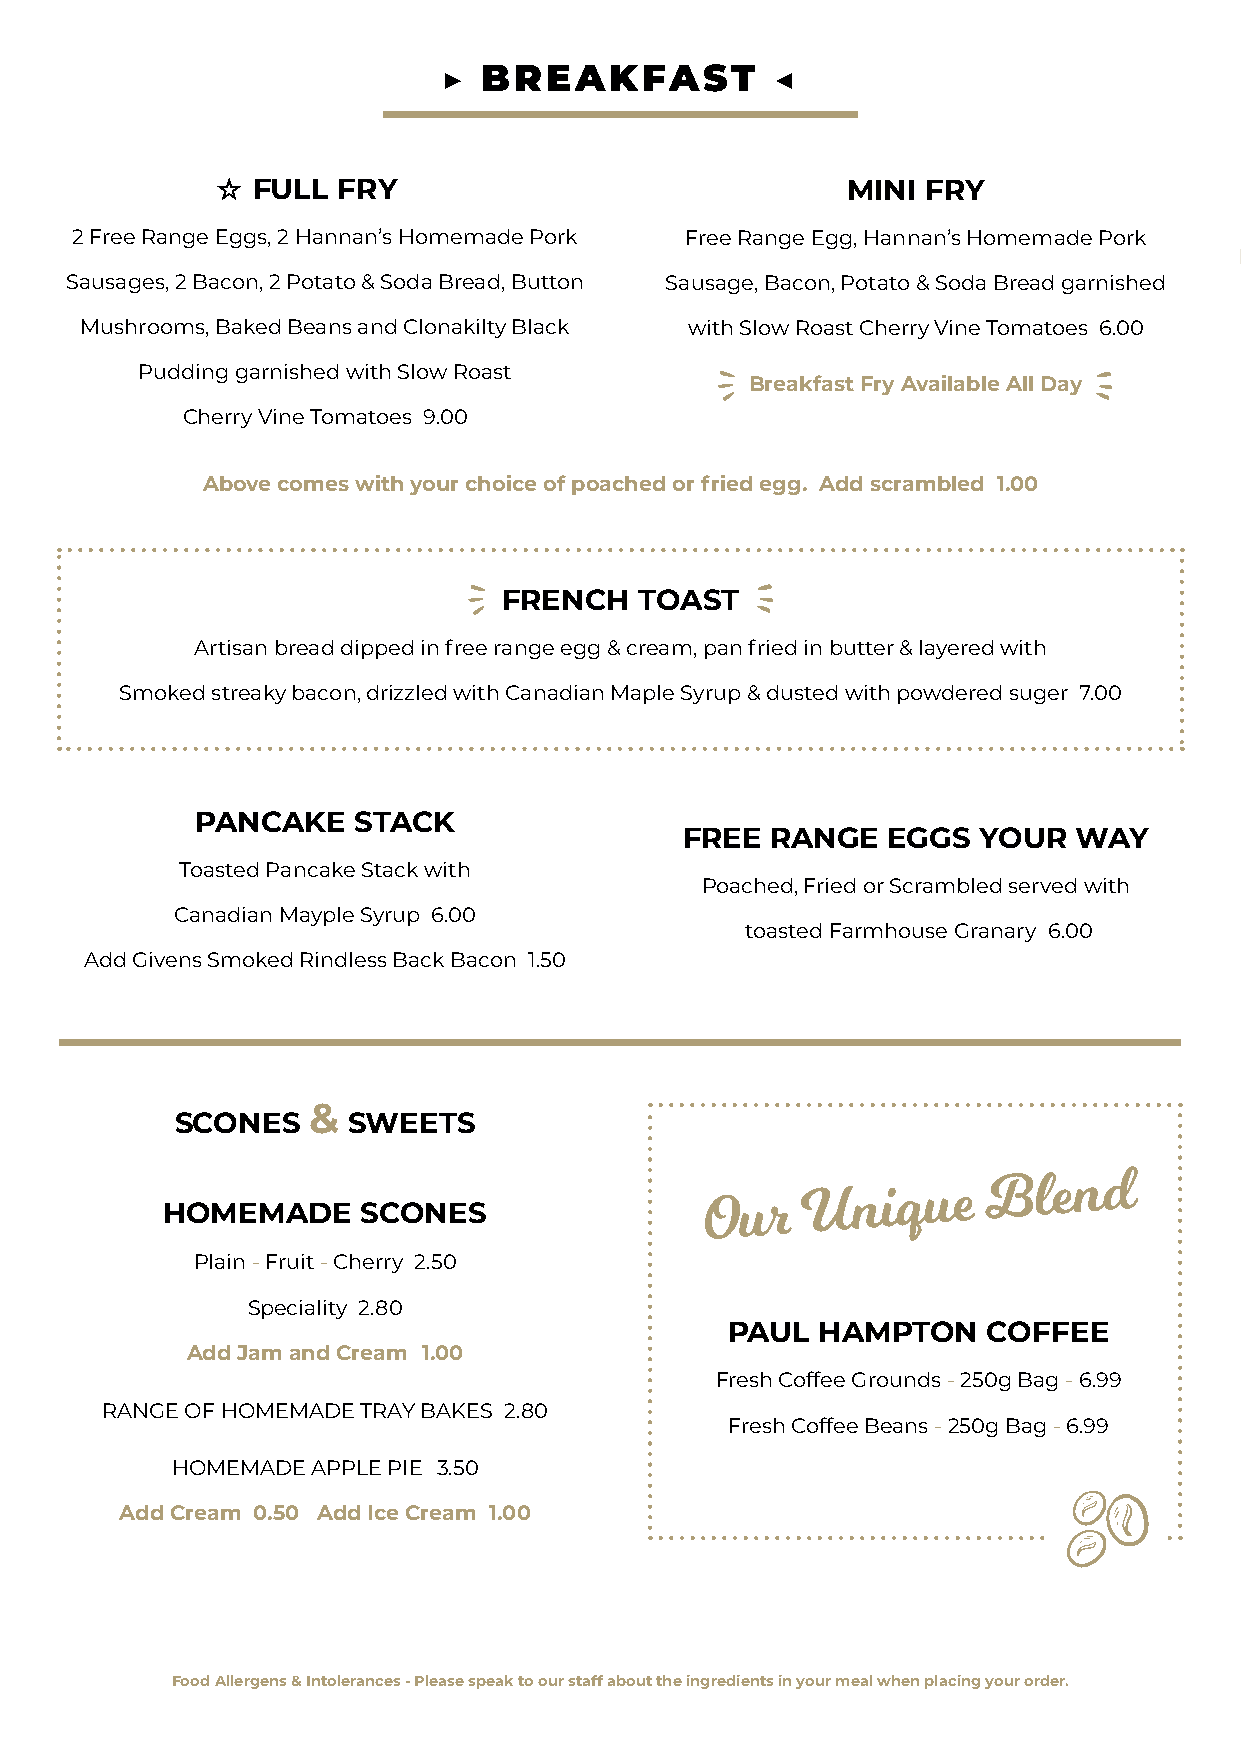
▶  BREAKFAST          ◀
 FULL FRY                               MINI FRY
 2 Free Range Eggs, 2 Hannan’s Homemade Pork Free Range Egg, Hannan’s Homemade Pork
 Sausages, 2 Bacon, 2 Potato & Soda Bread, Button Sausage, Bacon, Potato & Soda Bread garnished
 Mushrooms, Baked Beans and Clonakilty Black with Slow Roast Cherry Vine Tomatoes 6.00
 Pudding garnished with Slow Roast
 Breakfast Fry Available All Day
 Cherry Vine Tomatoes 9.00
 Above comes with your choice of poached or fried egg. Add scrambled 1.00
 FRENCH   TOAST
 Artisan bread dipped in free range egg & cream, pan fried in butter & layered with
 Smoked streaky bacon, drizzled with Canadian Maple Syrup & dusted with powdered suger 7.00
 PANCAKE   STACK
 FREE  RANGE   EGGS  YOUR  WAY
 Toasted Pancake Stack with
 Poached, Fried or Scrambled served with
 Canadian Mayple Syrup 6.00
 toasted Farmhouse Granary 6.00
 Add Givens Smoked Rindless Back Bacon 1.50
 &
 SCONES     SWEETS
 HOMEMADE     SCONES
 Plain - Fruit - Cherry 2.50
 Speciality 2.80
 PAUL  HAMPTON    COFFEE
 Add Jam and Cream 1.00
 Fresh Coffee Grounds - 250g Bag - 6.99
 RANGE OF HOMEMADE TRAY BAKES 2.80
 Fresh Coffee Beans - 250g Bag - 6.99
 HOMEMADE  APPLE PIE 3.50
 Add Cream 0.50 Add Ice Cream 1.00
 Food Allergens & Intolerances - Please speak to our staff about the ingredients in your meal when placing your order.